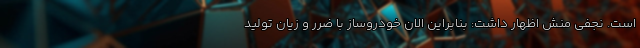
است. نجفی منش اظهار داشت: بنابراین الان خودروساز با ضرر و زیان تولید